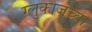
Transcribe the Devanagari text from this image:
ग्लुकोजच्या